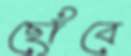
ছোঁবে